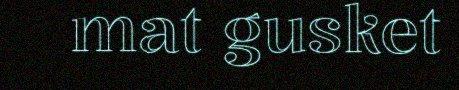
mat gusket